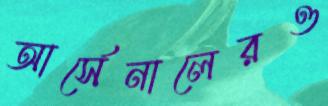
আর্সেনালেরও